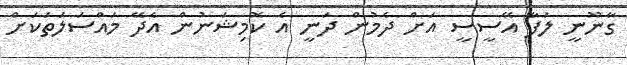
ގާނޫނީ ލަފާ އޭސީސީ އަށް ދެމުން ދަނީ އެ ކޮމިޝަނުން އެދޭ މައްސަލަތަކަށް